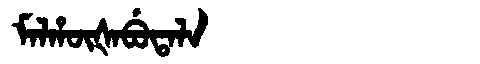
Manchu: ᠮᠠᠯᡥᡡᡧᠠᠪᡠᡨᠠᠯᠠ
Romanization: MALHŪŠABUTALA